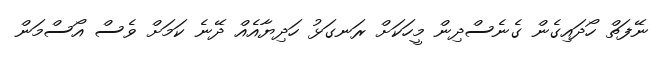
ނޭފަތް ހޯދައިގެން ގެނެސްދިން މީހަކަށް ރަނގަޅު ހަދިޔާއެއް ދޭނެ ކަމަށް ވެސް އޯސްމަން